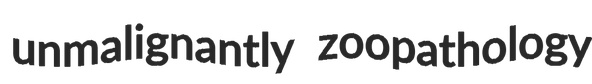
unmalignantly zoopathology